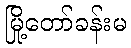
မြို့တော်ခန်းမ